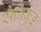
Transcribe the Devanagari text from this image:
सैनिकुडु